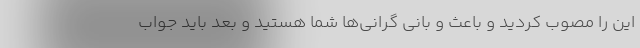
این را مصوب کردید و باعث و بانی گرانی‌ها شما هستید و بعد باید جواب